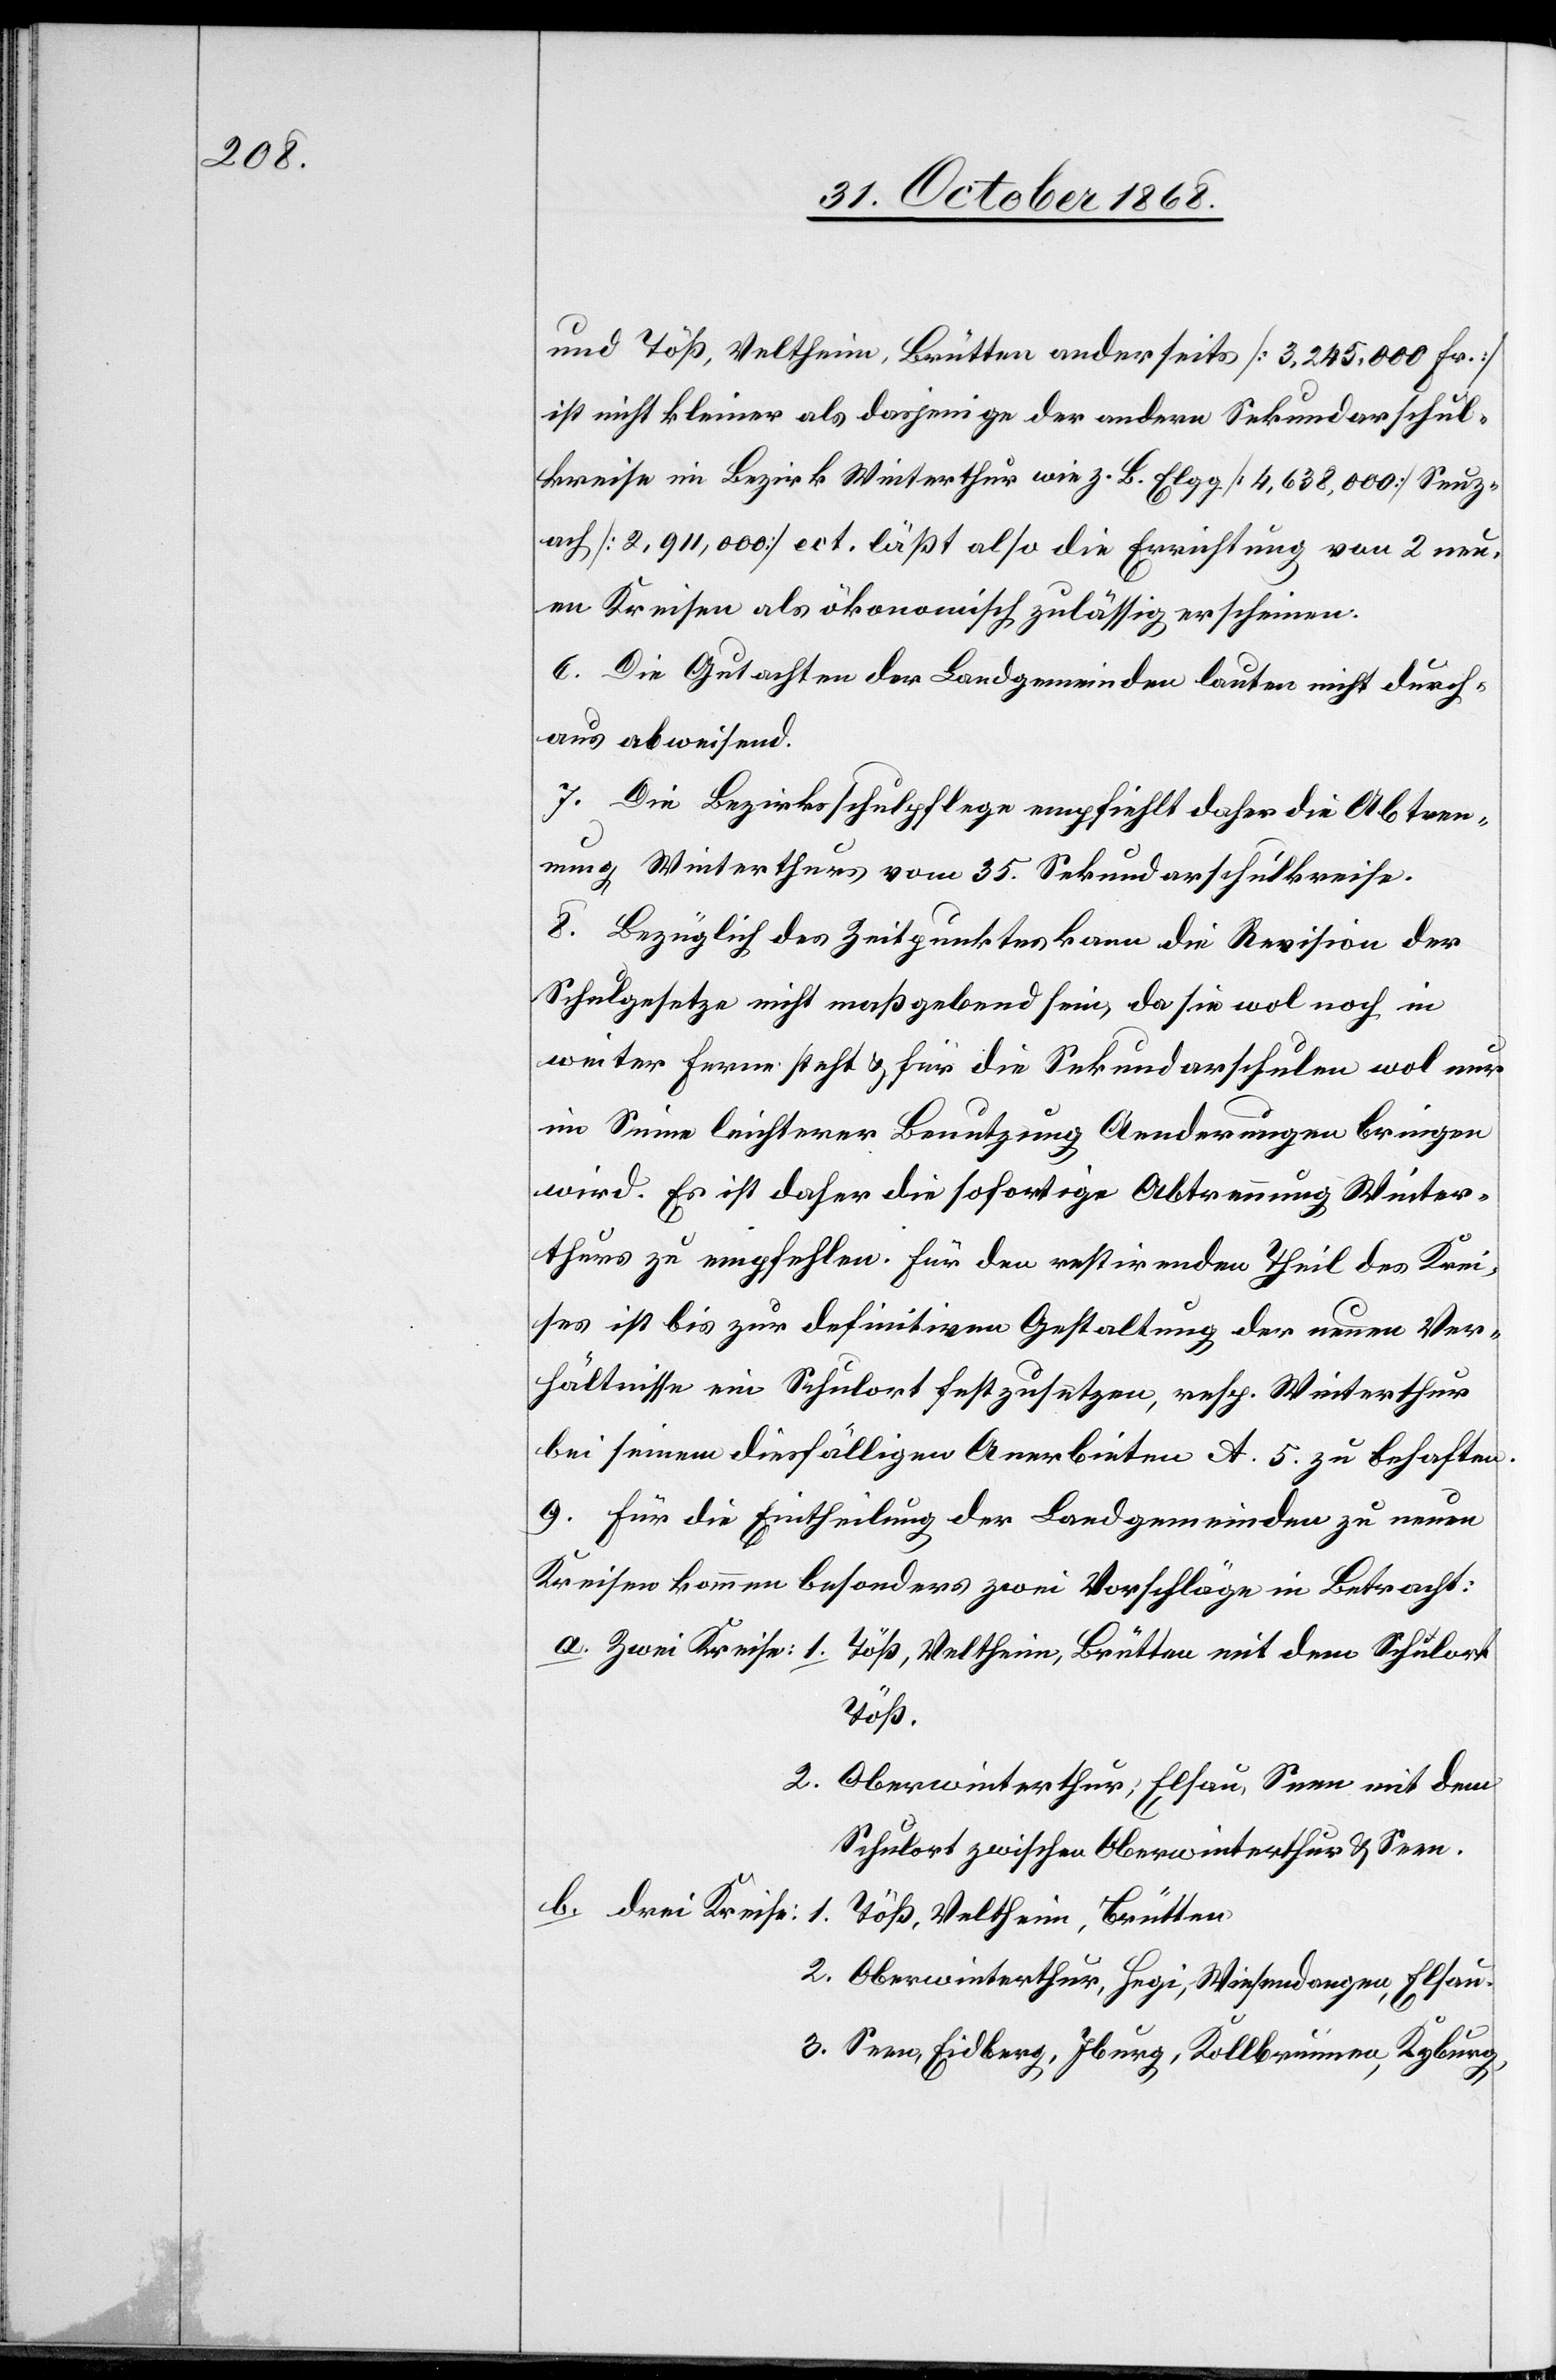
und Töß, Veltheim, Brütten anderseits [3,245,000 Fr.]
ist nicht kleiner als dasjenige der andern Sekundarschul¬
kreise im Bezirk Winterthur wie z. B. Elgg [4,638,000] Seuz¬
ach [2,911,000] ect. läßt also die Errichtung von 2 neu¬
en Kreisen als ökonomisch zulässig erscheinen.
6. Die Gutachten der Landgemeinden lauten nicht durch¬
aus abweisend.
7. Die Bezirksschulpflege empfiehlt daher die Abtren¬
nung Winterthurs vom 35. Sekundarschulkreise.
8. Bezüglich des Zeitpunktes kann die Revision der
Schulgesetze nicht maßgebend sein, da sie wol noch in
weiter Ferne steht & für die Sekundarschulen wol nur
im Sinne leichterer Benutzung Aenderungen bringen
wird. Es ist daher die sofortige Abtrennung Winter¬
thurs zu empfehlen. Für den restirenden Theil des Krei¬
ses ist bis zur definitiven Gestaltung der neuen Ver¬
hältnisse ein Schulort festzusetzen, resp. Winterthur
bei seinem diesfälligen Anerbieten A. 5. zu behaften.
9. Für die Eintheilung der Landgemeinden zu neuen
Kreisen kommen besonders zwei Vorschläge in Betracht:
Töß,
Oberwinterthur, Elsau, Seen mit dem
Schulort zwischen Oberwinterthur & Seen.
Oberwinterthur, Hegi, Wiesendangen, Elsau.
Seen, Eidberg, Iburg, Kollbrunnen, Kyburg,